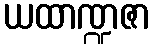
ယထာဏ္ဍဇာ